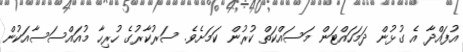
އުފައްދާ އެ ގުޅުން ދަމަހައްޓަން މަސައްކަތް ކުރުން ކަމަށެވެ. ސަރުކާރުގެ ހުރިހާ މުއައްސަސާއަކުން